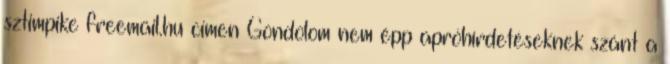
sztimpike freemail.hu címen Gondolom nem épp apróhírdetéseknek szánt a